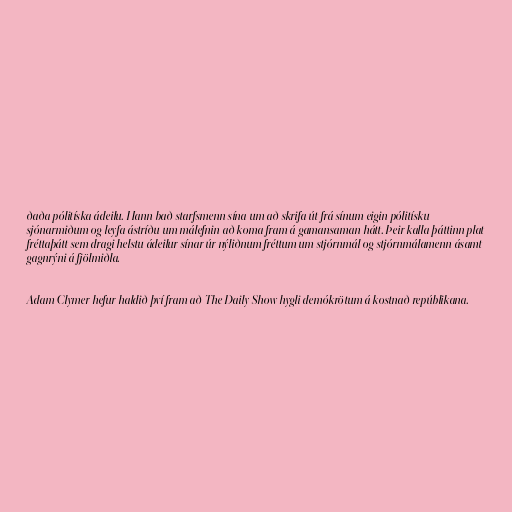
ðaða pólitíska ádeilu. Hann bað starfsmenn sína um að skrifa út frá sínum eigin pólitísku
sjónarmiðum og leyfa ástríðu um málefnin að koma fram á gamansaman hátt. Þeir kalla þáttinn plat
fréttaþátt sem dragi helstu ádeilur sínar úr nýliðnum fréttum um stjórnmál og stjórnmálamenn ásamt
gagnrýni á fjölmiðla.

Adam Clymer hefur haldið því fram að The Daily Show hygli demókrötum á kostnað repúblikana.